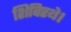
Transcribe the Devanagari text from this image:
शिविरथे।